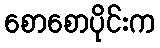
စောစောပိုင်းက